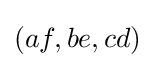
(af,be,cd)